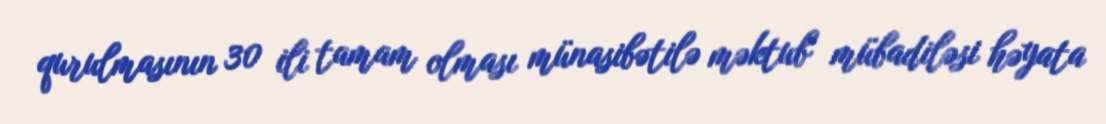
qurulmasının 30 ili tamam olması münasibətilə məktub mübadiləsi həyata